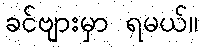
ခင်ဗျားမှာ ရမယ်။